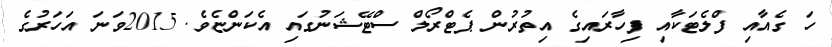
ހަ ގެއާއި ފްލެޓަކާއި ފިހާރައިގެ އިތުރުން ޕެޓްރޯލް ސްޓޭޝަނުގައި އެކަންޏެވެ. 2015ވަނަ އަހަރުގެ